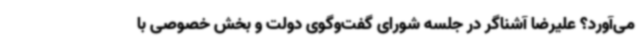
می‌آورد؟ علیرضا آشناگر در جلسه شورای گفت‌وگوی دولت و بخش خصوصی با